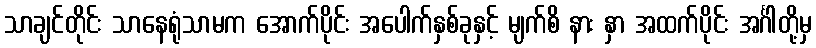
သာချင်တိုင်း သာနေရုံသာမက အောက်ပိုင်း အပေါက်နှစ်ခုနှင့် မျက်စိ နား နှာ အထက်ပိုင်း အင်္ဂါတို့မှ